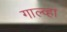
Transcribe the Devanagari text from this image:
गाल्व्हा